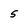
Character: 5